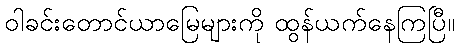
ဝါခင်းတောင်ယာမြေများကို ထွန်ယက်နေကြပြီ။